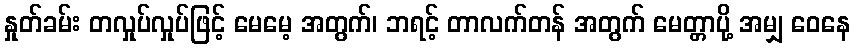
နှုတ်ခမ်း တလှုပ်လှုပ်ဖြင့် မေမေ့ အတွက်၊ ဘရင့် တာလက်တန် အတွက် မေတ္တာပို့ အမျှ ဝေနေ